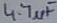
Text: 4.7µF